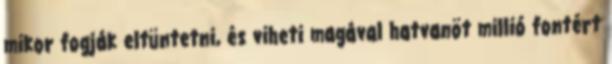
mikor fogják eltüntetni, és viheti magával hatvanöt millió fontért